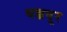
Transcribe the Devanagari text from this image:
थन्जवूर